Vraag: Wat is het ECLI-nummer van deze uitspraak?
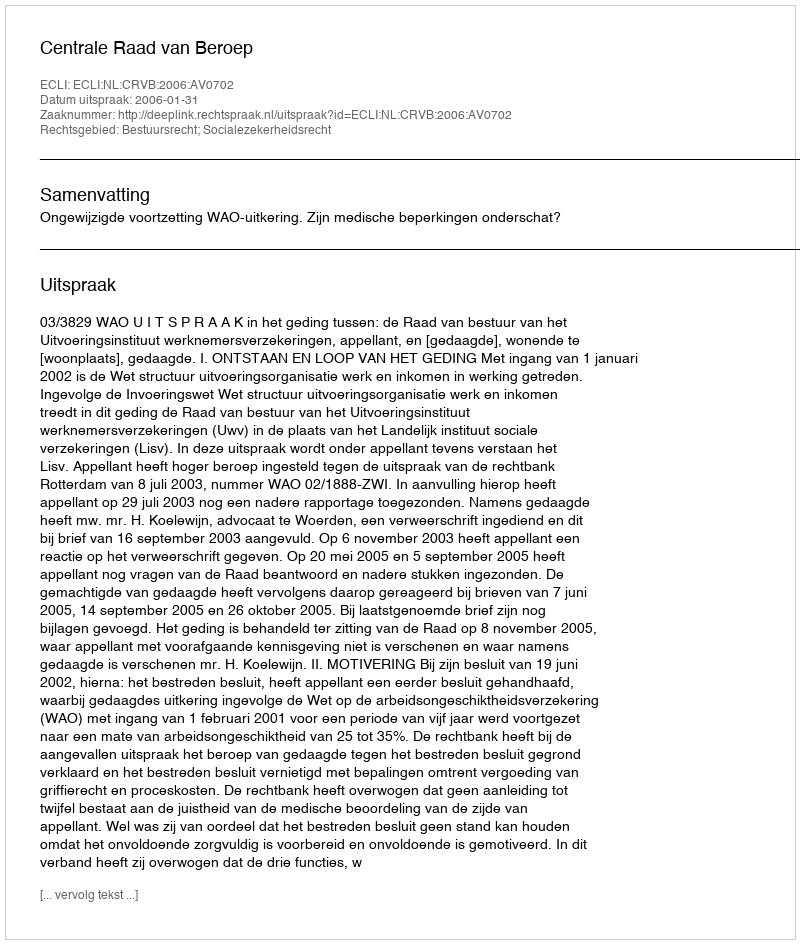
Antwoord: ECLI:NL:CRVB:2006:AV0702